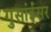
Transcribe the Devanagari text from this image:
गुसांईंसर